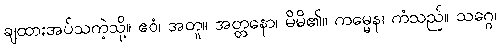
ချထားအပ်သကဲ့သို့။ ဧဝံ၊ အတူ။ အတ္တနော၊ မိမိ၏။ ကမ္မေန၊ ကံသည်။ သဂ္ဂေ၊